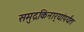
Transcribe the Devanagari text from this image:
समुद्रकिनार्‍यांपर्यंत